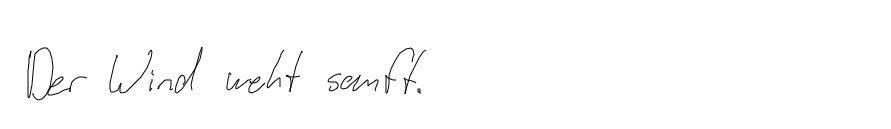
Der Wind weht sanft.